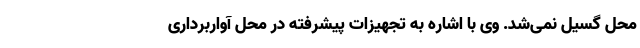
محل گسیل نمی‌شد. وی با اشاره به تجهیزات پیشرفته در محل آواربرداری